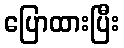
ပြောထားပြီး